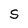
Character: S